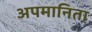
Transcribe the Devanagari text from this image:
अपमानिता